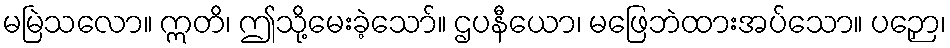
မမြဲသလော။ ဣတိ၊ ဤသို့မေးခဲ့သော်။ ဌပနီယော၊ မဖြေဘဲထားအပ်သော။ ပဉှော၊